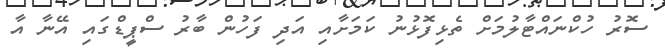
ސޮރު ހުކްނައްޓާލުމަށް ތެޅިފޮޅުނު ކަމަށާއި އަދި ފަހުން ބާރު ސްޕީޑްގައި އޭނާ އާ